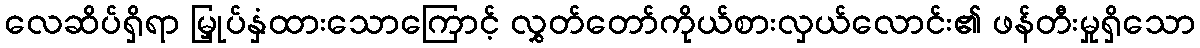
လေဆိပ်ရှိရာ မြှုပ်နှံထားသောကြောင့် လွှတ်တော်ကိုယ်စားလှယ်လောင်း၏ ဖန်တီးမှုရှိသော